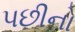
પછીનો